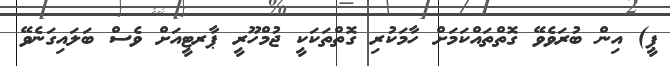
ޕީ) އިން ބުރަވެވޭ ގޮތްތައްކަމަށް ހާމަކުރި ގޮތްތަކަކީ ޖުމްހޫރީ ޕާރޓީއަށް ވެސް ބަލައިގަނެވޭ